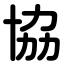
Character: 協